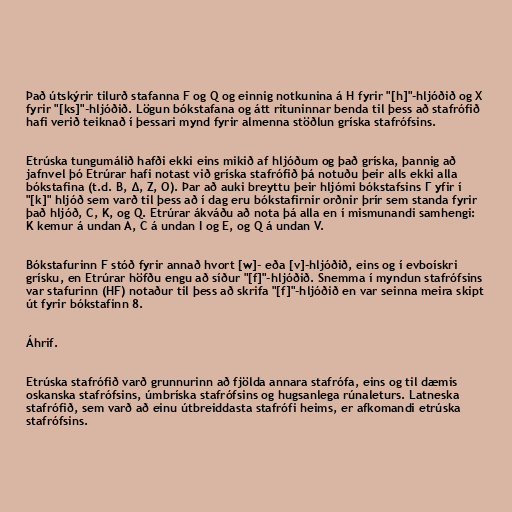
Það útskýrir tilurð stafanna F og Q og einnig notkunina á H fyrir "[h]"-hljóðið og X
fyrir "[ks]"-hljóðið. Lögun bókstafana og átt rituninnar benda til þess að stafrófið
hafi verið teiknað í þessari mynd fyrir almenna stöðlun gríska stafrófsins.

Etrúska tungumálið hafði ekki eins mikið af hljóðum og það gríska, þannig að
jafnvel þó Etrúrar hafi notast við gríska stafrófið þá notuðu þeir alls ekki alla
bókstafina (t.d. B, Δ, Ζ, Ο). Þar að auki breyttu þeir hljómi bókstafsins Γ yfir í
"[k]" hljóð sem varð til þess að í dag eru bókstafirnir orðnir þrír sem standa fyrir
það hljóð, C, K, og Q. Etrúrar ákváðu að nota þá alla en í mismunandi samhengi:
K kemur á undan A, C á undan I og E, og Q á undan V.

Bókstafurinn F stóð fyrir annað hvort [w]- eða [v]-hljóðið, eins og í evboískri
grísku, en Etrúrar höfðu engu að síður "[f]"-hljóðið. Snemma í myndun stafrófsins
var stafurinn (HF) notaður til þess að skrifa "[f]"-hljóðið en var seinna meira skipt
út fyrir bókstafinn 8.

Áhrif.

Etrúska stafrófið varð grunnurinn að fjölda annara stafrófa, eins og til dæmis
oskanska stafrófsins, úmbríska stafrófsins og hugsanlega rúnaleturs. Latneska
stafrófið, sem varð að einu útbreiddasta stafrófi heims, er afkomandi etrúska
stafrófsins.